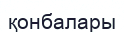
қонбалары